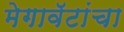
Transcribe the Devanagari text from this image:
मेगावॅटांचा